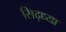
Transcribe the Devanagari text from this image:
सिद्ध्या